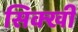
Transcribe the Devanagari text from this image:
सिक्खी